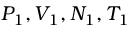
P _ { 1 } , V _ { 1 } , N _ { 1 } , T _ { 1 }